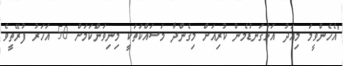
"އެހެންވީމަ މިއަދު އަޅުގަނޑުމެން ކުރިއަށް މިގެންދާ މަސައްކަތަކީ މިނިވަންކަމަށް 50 އަހަރު ފުރޭތީވެ